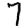
Digit: 7